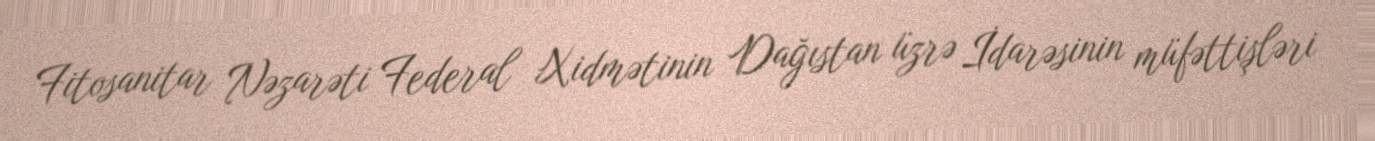
Fitosanitar Nəzarəti Federal Xidmətinin Dağıstan üzrə İdarəsinin müfəttişləri